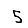
Digit: 5